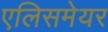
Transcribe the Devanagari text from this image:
एलिसमेयर